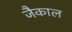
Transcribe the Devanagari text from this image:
जैकाल